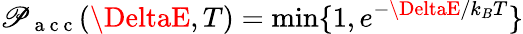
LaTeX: \mathscr{P}_{\mathrm{{~a~c~c~}}}(\DeltaE,T)=\operatorname*{min}\{ 1,e^{-\DeltaE/k_{B}T}\}